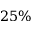
2 5 \%